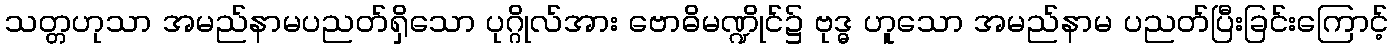
သတ္တဟုသာ အမည်နာမပညတ်ရှိသော ပုဂ္ဂိုလ်အား ဗောဓိမဏ္ဍိုင်၌ ဗုဒ္ဓ ဟူသော အမည်နာမ ပညတ်ပြီးခြင်းကြောင့်